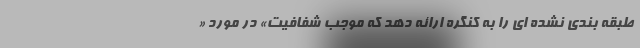
طبقه بندی نشده ای را به کنگره ارائه دهد که موجب شفافیت» در مورد «